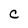
Character: C